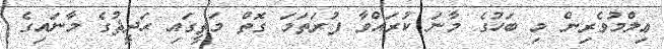
ޢިލްމުވެރިން މި ބަހުގެ މާނަ ކުރައްވާ ފުރަތަމަ ގޮތް މަތީގައި ޙަދީޘުގެ މާނައިގެ